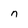
Character: n